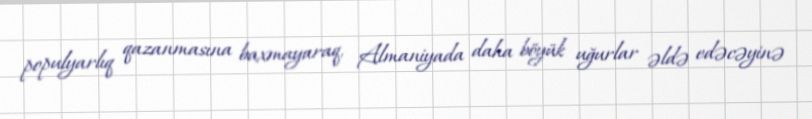
populyarlıq qazanmasına baxmayaraq, Almaniyada daha böyük uğurlar əldə edəcəyinə